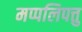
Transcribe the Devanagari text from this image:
मप्पलिपत्तु